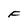
Character: F